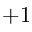
+ 1